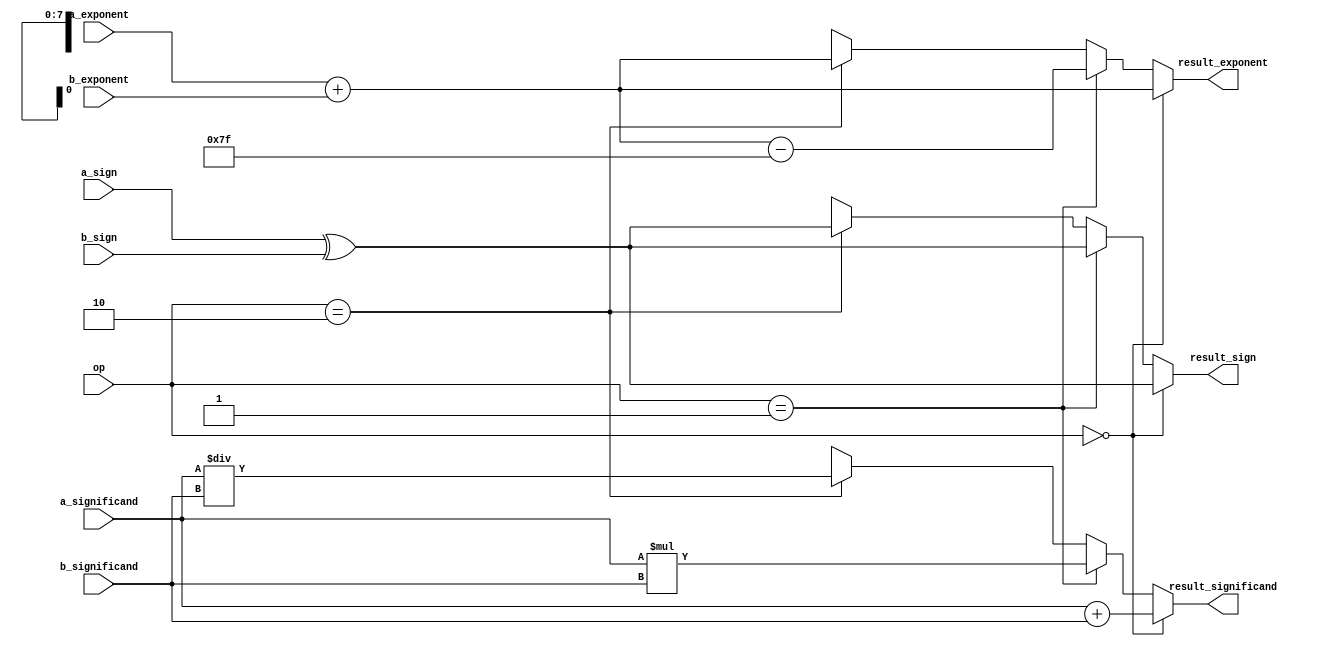
module FloatingPointALU (
    input wire [31:0] a_significand,
    input wire [7:0] a_exponent,
    input wire a_sign,
    input wire [31:0] b_significand,
    input wire [7:0] b_exponent,
    input wire b_sign,
    input wire [1:0] op, // 00=add, 01=mul, 10=div
    output wire [31:0] result_significand,
    output wire [7:0] result_exponent,
    output wire result_sign
);

// Floating point adder
assign result_significand = (op == 2'b00) ? a_significand + b_significand :
                            (op == 2'b01) ? a_significand * b_significand :
                            (op == 2'b10) ? a_significand / b_significand :
                            32'hxxxxxxxx;
                            
assign result_exponent = (op == 2'b00) ? a_exponent + b_exponent :
                         (op == 2'b01) ? a_exponent + b_exponent - 127 :
                         (op == 2'b10) ? a_exponent + b_exponent :
                         8'hxx;
                         
assign result_sign = (op == 2'b00) ? a_sign ^ b_sign :
                     (op == 2'b01) ? a_sign ^ b_sign :
                     (op == 2'b10) ? a_sign ^ b_sign :
                     1'bx;

endmodule